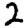
Digit: 2